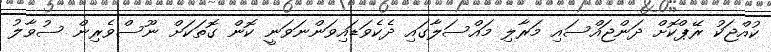
ކުއްޖަކު ރޭޕްކޮށް ދަންޖައްސައި މަރާލި މައްސަލާގައި ދެކެވަޑައިވަންނަވަނީ ކޮން ގޮތަކަށް ނޫސްވެރިން ސުވާލު